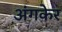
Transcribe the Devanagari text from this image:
अंगकेर